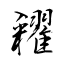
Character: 糴